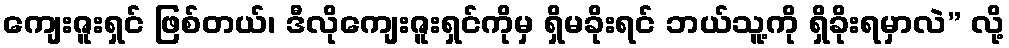
ကျေးဇူးရှင် ဖြစ်တယ်၊ ဒီလိုကျေးဇူးရှင်ကိုမှ ရှိမခိုးရင် ဘယ်သူ့ကို ရှိခိုးရမှာလဲ” လို့